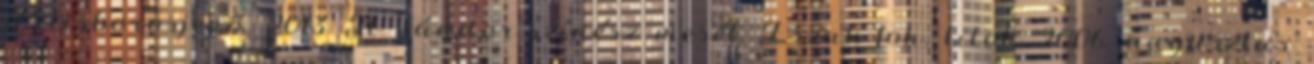
Pilisborosjenő, 2013 A vándor-színész mesél Észak-fok, titok 2006. augusztus